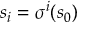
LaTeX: s _ { i } = \sigma ^ { i } ( s _ { 0 } )